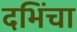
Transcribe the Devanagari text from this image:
दभिंचा